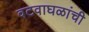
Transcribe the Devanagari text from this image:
वटवाघळांची